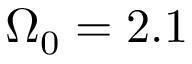
\Omega _ { 0 } = 2 . 1